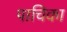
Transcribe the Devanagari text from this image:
पाचिका